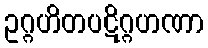
ဥဂ္ဂဟိတပဋိဂ္ဂဟဏာ